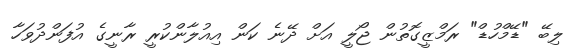
ލިބޭ "ޑޭމްހުޑް" ރަމްޒީގޮތުން ޖޯލީ އަށް ދޭނެ ކަން އިއުލާންކުރީ ރާނީގެ އުފަންދުވަހާ